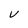
Character: v